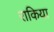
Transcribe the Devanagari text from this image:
राकिया